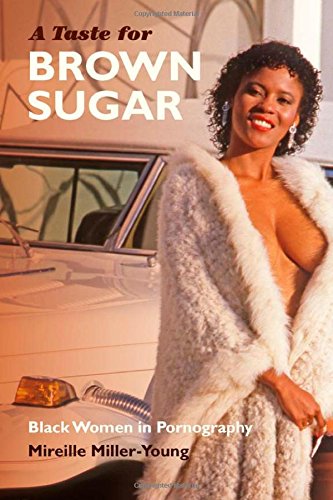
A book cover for A Taste for Brown Sugar: Black Women in Pornography; Mireille Miller-Young; Politics & Social Sciences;